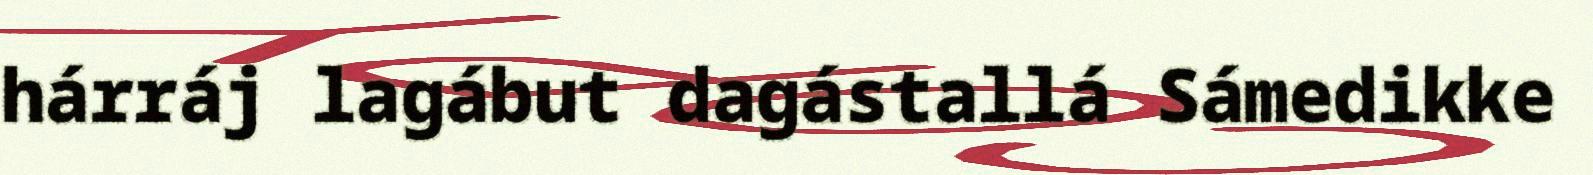
hárráj lagábut dagástallá Sámedikke